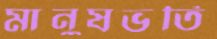
মানুষভর্তি